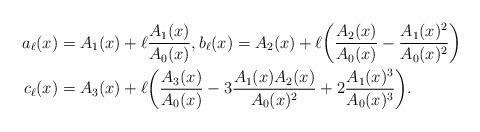
LaTeX: \begin{align*} a_\ell(x) &= A_1(x) + \ell \frac{A_1(x)}{A_0(x)}, b_\ell(x) = A_2(x) + \ell \bigg(\frac{A_2(x)}{A_0(x)} - \frac{A_1(x)^2}{A_0(x)^2}\bigg) \\ c_\ell(x) &= A_3(x) + \ell \bigg( \frac{A_3(x)}{A_0(x)} - 3\frac{A_1(x)A_2(x)}{A_0(x)^2} + 2\frac{A_1(x)^3}{A_0(x)^3}\bigg). \end{align*}